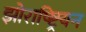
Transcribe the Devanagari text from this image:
झोराष्ष्ट्रियन